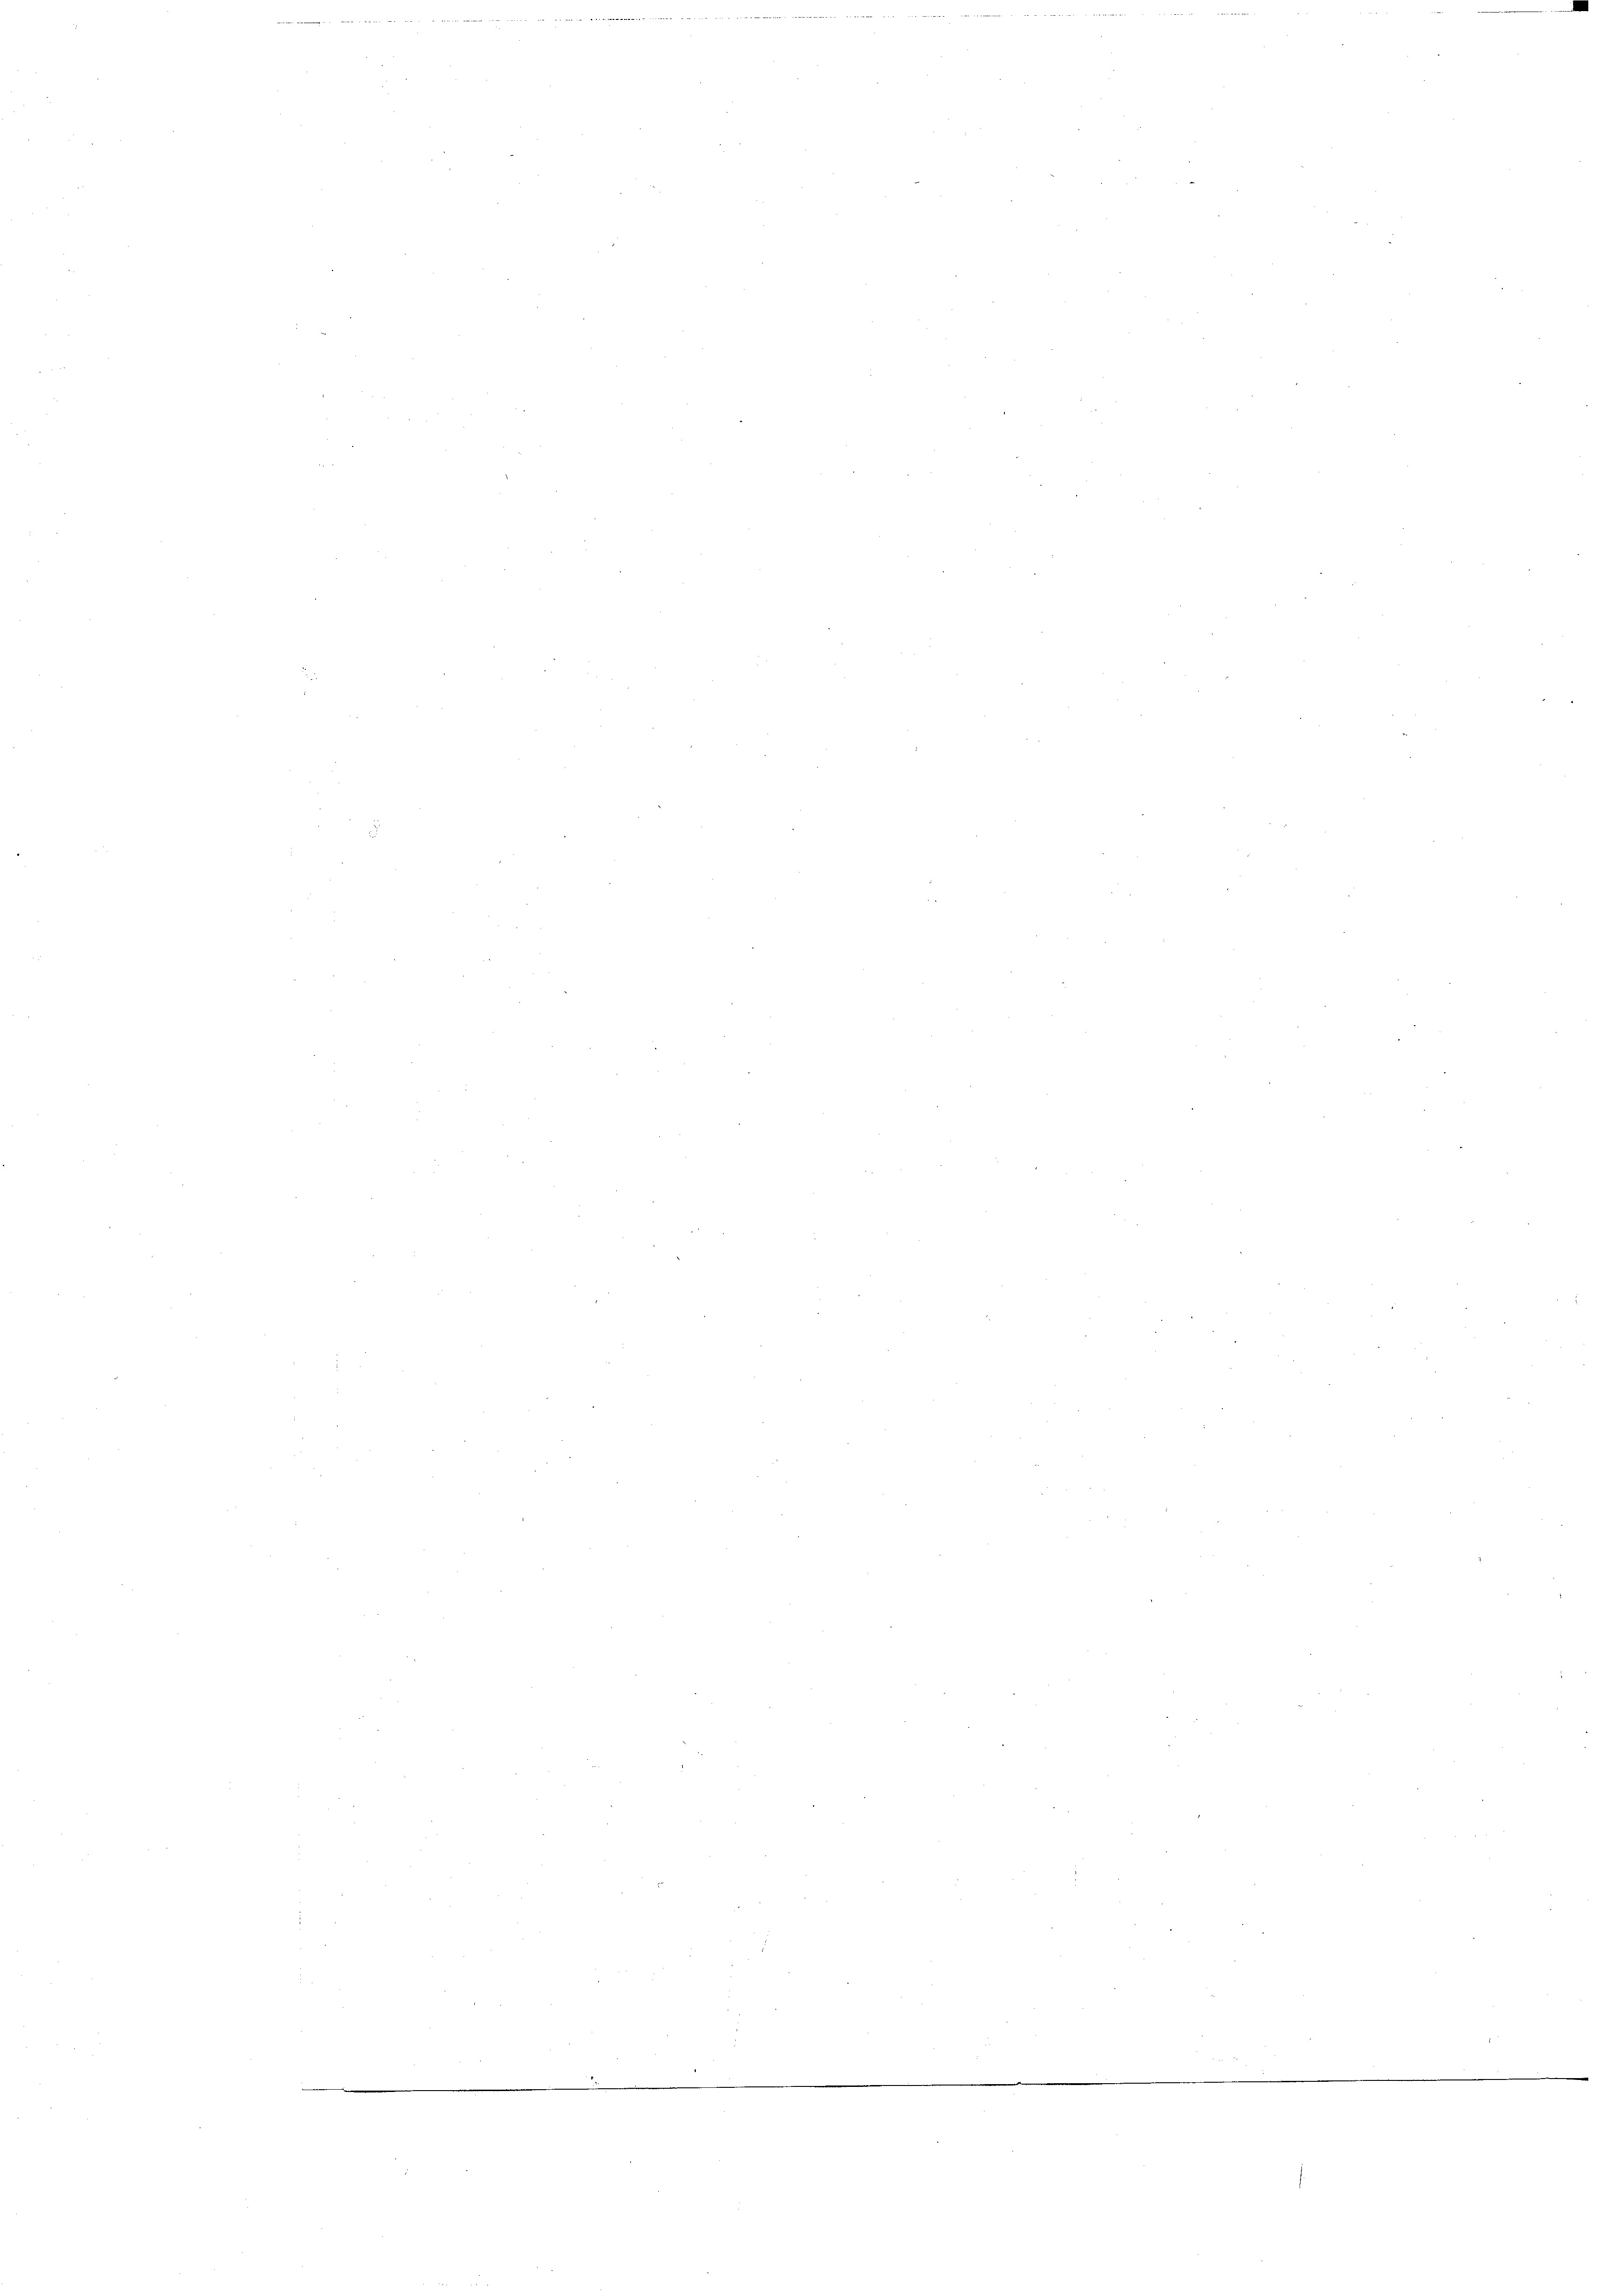
n

d
s

2

.

Meer unter untende es in warenten beidet werden in den hatte                                1.
wegen in eine andelt haben der an diese Berathardt vertreten die
e
e
2
e
e
e
e
.
.
3
t
e
e

n

.

.

r